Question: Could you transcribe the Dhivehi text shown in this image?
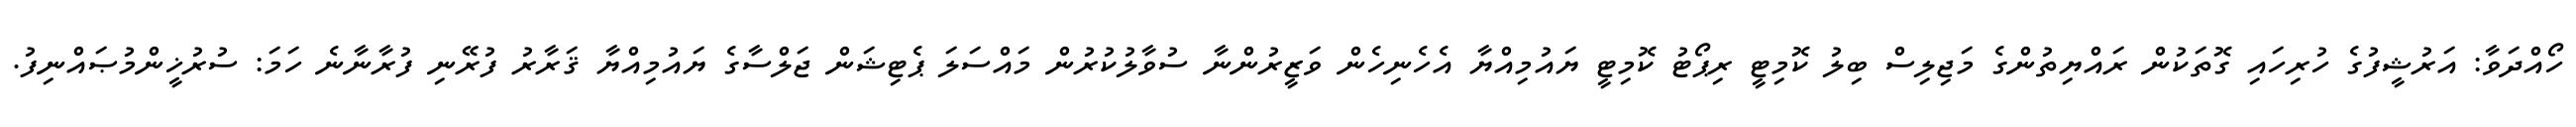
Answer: ހޯއްދަވާ: އަރުޝީފުގެ ހުރިހައި ގޮތަކުން ރައްޔިތުންގެ މަޖިލިސް ބިލު ކޮމިޓީ ރިޕޯޓު ކޮމިޓީ ޔައުމިއްޔާ އެހެނިހެން ވަޒީރުންނާ ސުވާލުކުރުން މައްސަލަ ޕެޓިޝަން ޖަލްސާގެ ޔައުމިއްޔާ ޤަރާރު ފުރޭނި ފުރާނާނެ ހަމަ: ސުރުޚީންމުޞައްނިފު.